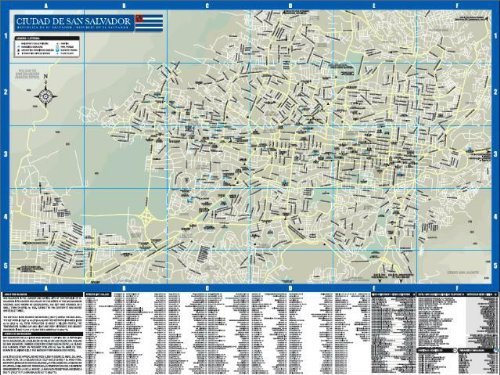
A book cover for El Salvador and San Salvador Maps By Mapi (San Salvador City & El Salvador Country Map, An excellent tool for travelers); Mapi; Travel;